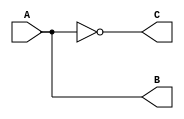
module wireTest (A,B,C);
//creating 3 wires A,B,C

    input A;
    output B;
    output C;
//shows A is output and B,C are input

    assign B = A;
    assign C = !A;
//we set B=A and C does not =A, so if A=1 then B=1 and C=0
endmodule